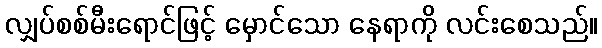
လျှပ်စစ်မီးရောင်ဖြင့် မှောင်သော နေရာကို လင်းစေသည်။